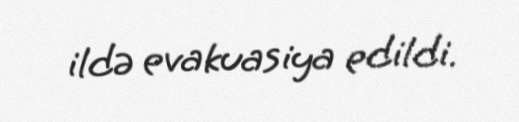
ildə evakuasiya edildi.